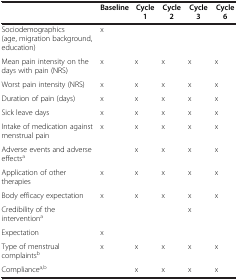
<table><thead><tr><td><b> </b></td><td><b>Baseline</b></td><td><b>Cycle 1</b></td><td><b>Cycle 2</b></td><td><b>Cycle 3</b></td><td><b>Cycle 6</b></td></tr></thead><tbody><tr><td>Sociodemographics (age, migration background, education)</td><td>x</td><td> </td><td> </td><td> </td><td> </td></tr><tr><td>Mean pain intensity on the days with pain (NRS)</td><td>x</td><td>x</td><td>x</td><td>x</td><td>x</td></tr><tr><td>Worst pain intensity (NRS)</td><td>x</td><td>x</td><td>x</td><td>x</td><td>x</td></tr><tr><td>Duration of pain (days)</td><td>x</td><td>x</td><td>x</td><td>x</td><td>x</td></tr><tr><td>Sick leave days</td><td>x</td><td>x</td><td>x</td><td>x</td><td>x</td></tr><tr><td>Intake of medication against menstrual pain</td><td>x</td><td>x</td><td>x</td><td>x</td><td>x</td></tr><tr><td>Adverse events and adverse effects<sup>a</sup></td><td> </td><td>x</td><td>x</td><td>x</td><td>x</td></tr><tr><td>Application of other therapies</td><td>x</td><td>x</td><td>x</td><td>x</td><td>x</td></tr><tr><td>Body efficacy expectation</td><td>x</td><td>x</td><td>x</td><td>x</td><td>x</td></tr><tr><td>Credibility of the intervention<sup>a</sup></td><td> </td><td> </td><td> </td><td>x</td><td> </td></tr><tr><td>Expectation</td><td>x</td><td> </td><td> </td><td> </td><td> </td></tr><tr><td>Type of menstrual complaints<sup>b</sup></td><td>x</td><td>x</td><td>x</td><td>x</td><td>x</td></tr><tr><td>Compliance<sup>a,b</sup></td><td> </td><td>x</td><td>x</td><td>x</td><td>x</td></tr></tbody></table>